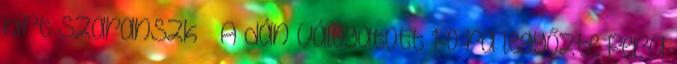
hírt Szaranszk – A dán válogatott 1-0-ra legyőzte Peru